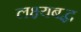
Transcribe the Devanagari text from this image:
लक्ष्यबद्ध